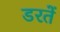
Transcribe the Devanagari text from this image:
डरतें